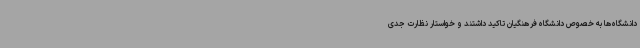
دانشگاه‌ها به خصوص دانشگاه فرهنگیان تاکید داشتند و خواستار نظارت جدی